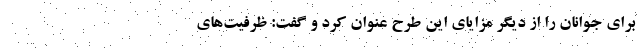
برای جوانان را از دیگر مزایای این طرح عنوان کرد و گفت: ظرفیت‌های